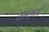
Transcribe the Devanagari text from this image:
जन्कर्स